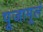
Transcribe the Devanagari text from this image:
पूजामूलं